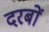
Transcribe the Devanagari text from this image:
दरबों